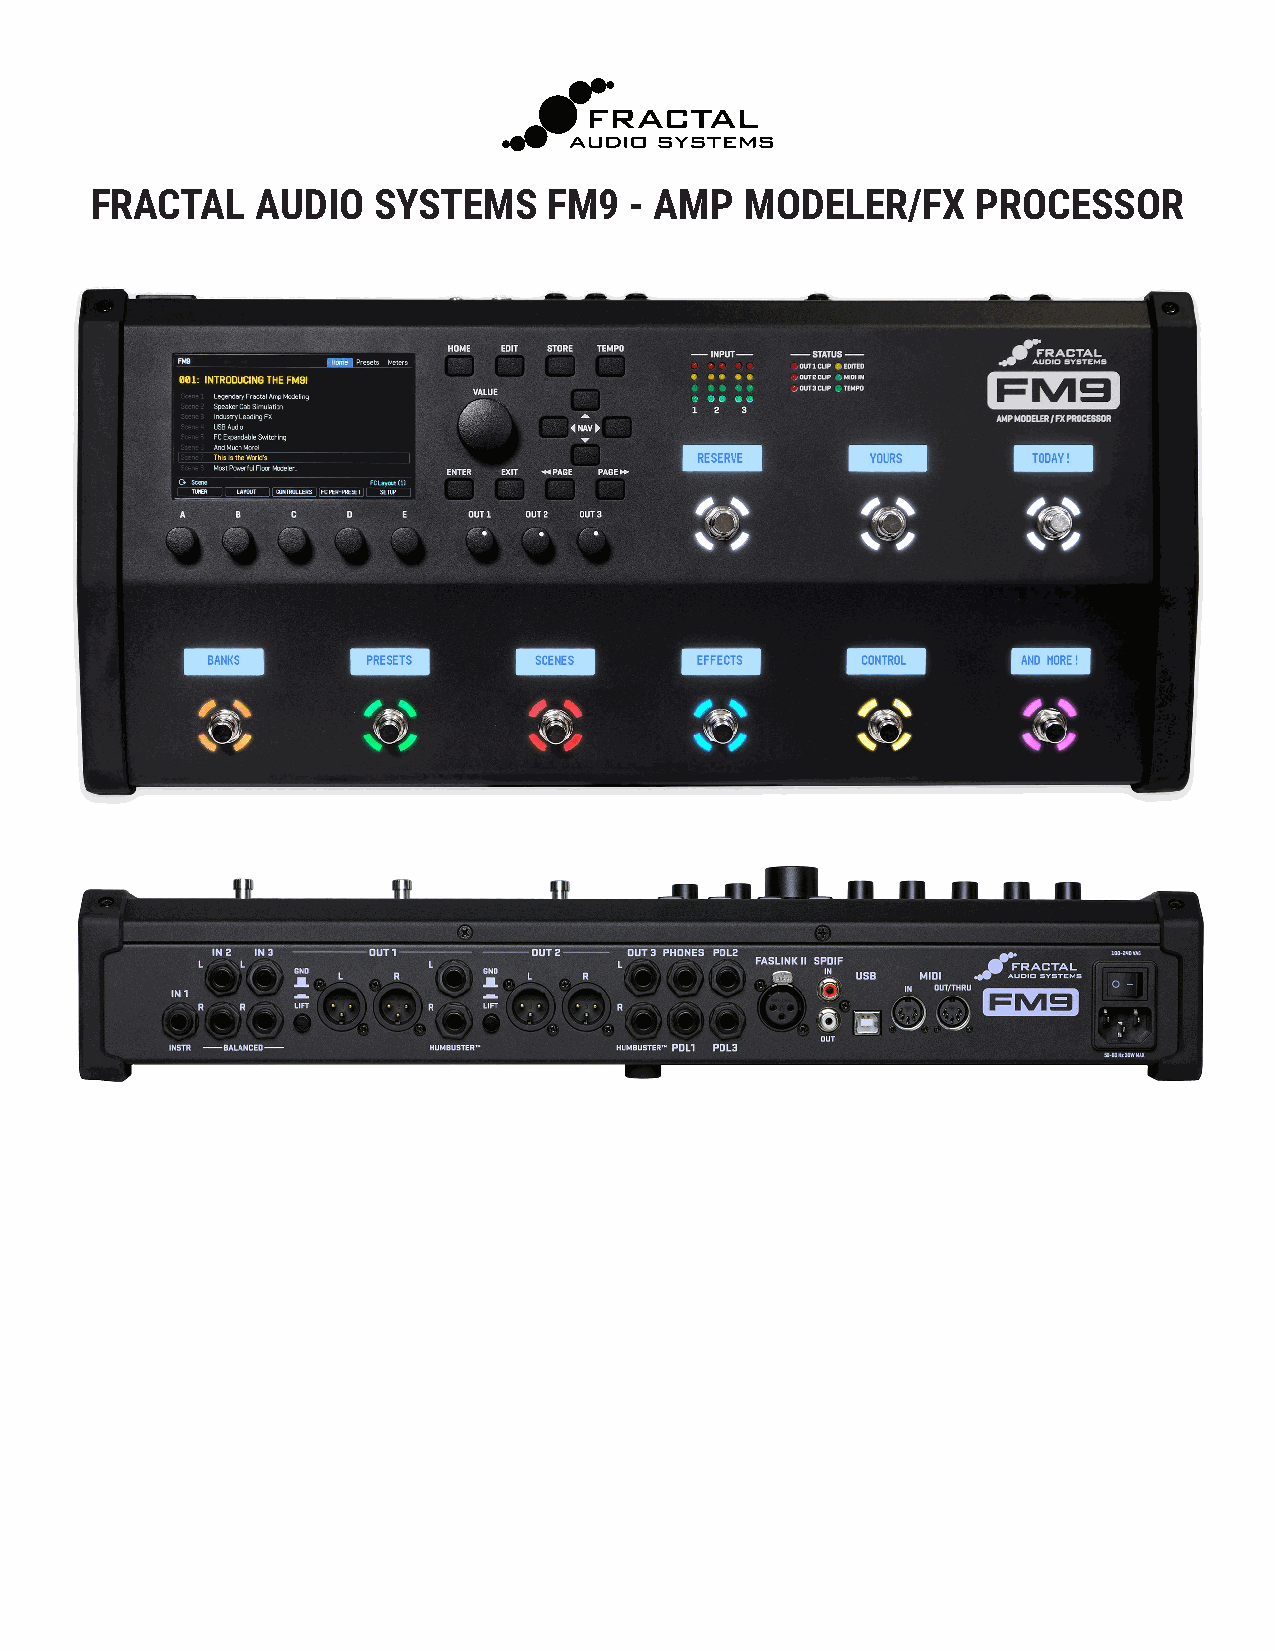
FRACTAL    AUDIO   SYSTEMS    FM9   - AMP  MODELER/FX      PROCESSOR